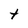
Character: t